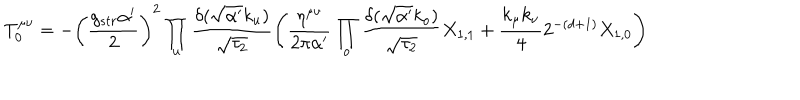
LaTeX: T _ { 0 } ^ { \mu \nu } = - \left( \frac { g _ { s t r } \alpha ^ { \prime } } { 2 } \right) ^ { 2 } \prod _ { u } \frac { \delta ( \sqrt { \alpha ^ { \prime } } k _ { u } ) } { \sqrt { \tau _ { 2 } } } \left( \frac { \eta ^ { \mu \nu } } { 2 \pi \alpha ^ { \prime } } \prod _ { o } \frac { \delta ( \sqrt { \alpha ^ { \prime } } k _ { o } ) } { \sqrt { \tau _ { 2 } } } X _ { 1 , 1 } + \frac { k _ { \mu } k _ { \nu } } { 4 } 2 ^ { - ( d + 1 ) } X _ { 1 , 0 } \right)